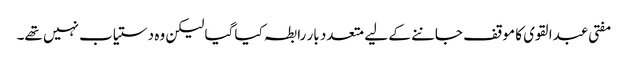
مفتی عبدالقوی کا موقف جاننے کے لیے متعدد بار رابطہ کیا گیا لیکن وہ دستیاب نہیں تھے۔